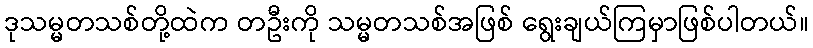
ဒုသမ္မတသစ်တို့ထဲက တဦးကို သမ္မတသစ်အဖြစ် ရွေးချယ်ကြမှာဖြစ်ပါတယ်။